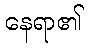
နေရာ၏